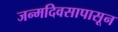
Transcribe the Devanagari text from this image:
जन्मदिवसापासून